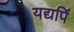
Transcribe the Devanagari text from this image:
यद्यपिं